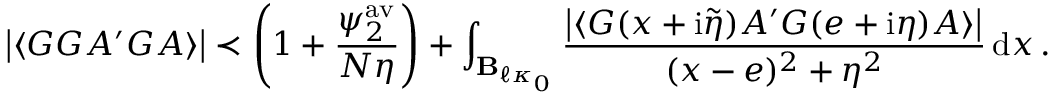
\left| \langle G G { A ^ { \prime } } G A \rangle \right| \prec \left( 1 + \frac { \psi _ { 2 } ^ { \mathrm { a v } } } { N \eta } \right) + \int _ { \mathbf { B } _ { \ell \kappa _ { 0 } } } \frac { \left\vert \langle G ( x + \mathrm { i } \tilde { \eta } ) A ^ { \prime } G ( e + \mathrm { i } \eta ) A \rangle \right\vert } { ( x - e ) ^ { 2 } + \eta ^ { 2 } } \, \mathrm { d } x \, .